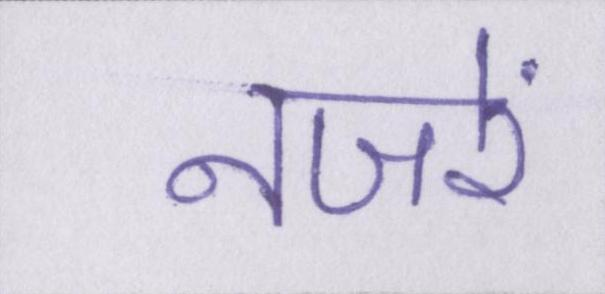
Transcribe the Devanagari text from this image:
नजरें